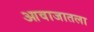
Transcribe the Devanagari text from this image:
आवाजातला